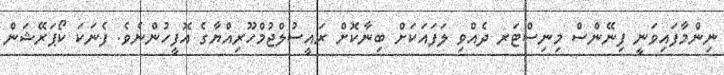
ނިންމާފައިވަނީ ފިނޭންސް މިނިސްޓަރ ދެއްވި ލަފައަކަށް ބިނާކޮށް ރައީސުލްޖުމްހޫރިއްޔާގެ އޮފީހުންނެވެ. ފެނަކަ ކޯޕަރޭޝަން